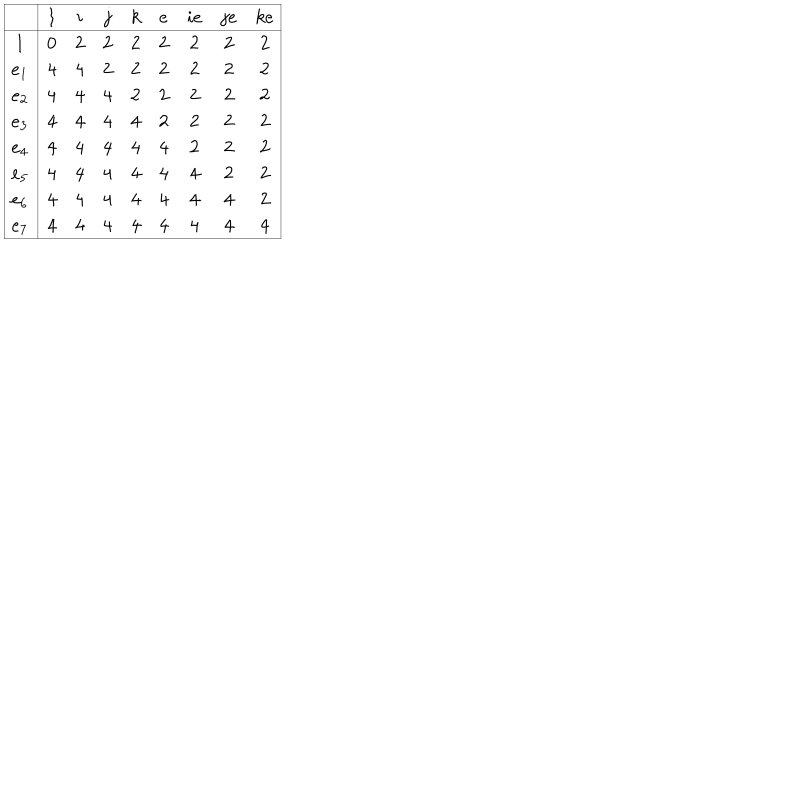
LaTeX: \begin{array} { | c | | c c c c c c c c | } \hline { { } } & { { 1 } } & { { i } } & { { j } } & { { k } } & { { e } } & { { i e } } & { { j e } } & { { k e } } \\ \hline { { \hline 1 } } & { { 0 } } & { { 2 } } & { { 2 } } & { { 2 } } & { { 2 } } & { { 2 } } & { { 2 } } & { { 2 } } \\ { { e _ { 1 } } } & { { 4 } } & { { 4 } } & { { 2 } } & { { 2 } } & { { 2 } } & { { 2 } } & { { 2 } } & { { 2 } } \\ { { e _ { 2 } } } & { { 4 } } & { { 4 } } & { { 4 } } & { { 2 } } & { { 2 } } & { { 2 } } & { { 2 } } & { { 2 } } \\ { { e _ { 3 } } } & { { 4 } } & { { 4 } } & { { 4 } } & { { 4 } } & { { 2 } } & { { 2 } } & { { 2 } } & { { 2 } } \\ { { e _ { 4 } } } & { { 4 } } & { { 4 } } & { { 4 } } & { { 4 } } & { { 4 } } & { { 2 } } & { { 2 } } & { { 2 } } \\ { { e _ { 5 } } } & { { 4 } } & { { 4 } } & { { 4 } } & { { 4 } } & { { 4 } } & { { 4 } } & { { 2 } } & { { 2 } } \\ { { e _ { 6 } } } & { { 4 } } & { { 4 } } & { { 4 } } & { { 4 } } & { { 4 } } & { { 4 } } & { { 4 } } & { { 2 } } \\ { { e _ { 7 } } } & { { 4 } } & { { 4 } } & { { 4 } } & { { 4 } } & { { 4 } } & { { 4 } } & { { 4 } } & { { 4 } } \\ \hline { { } } \\ \end{array}